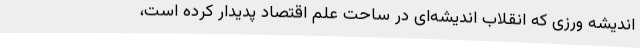
اندیشه ورزی که انقلاب اندیشه‌ای در ساحت علم اقتصاد پدیدار کرده است،